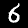
Digit: 6